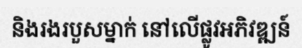
និងរងរបួសម្នាក់ នៅលើផ្លូវអភិវឌ្ឍន៍